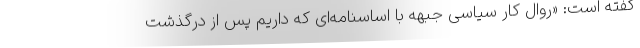
گفته است: «روال کار سیاسی جبهه با اساسنامه‌ای که داریم پس از درگذشت